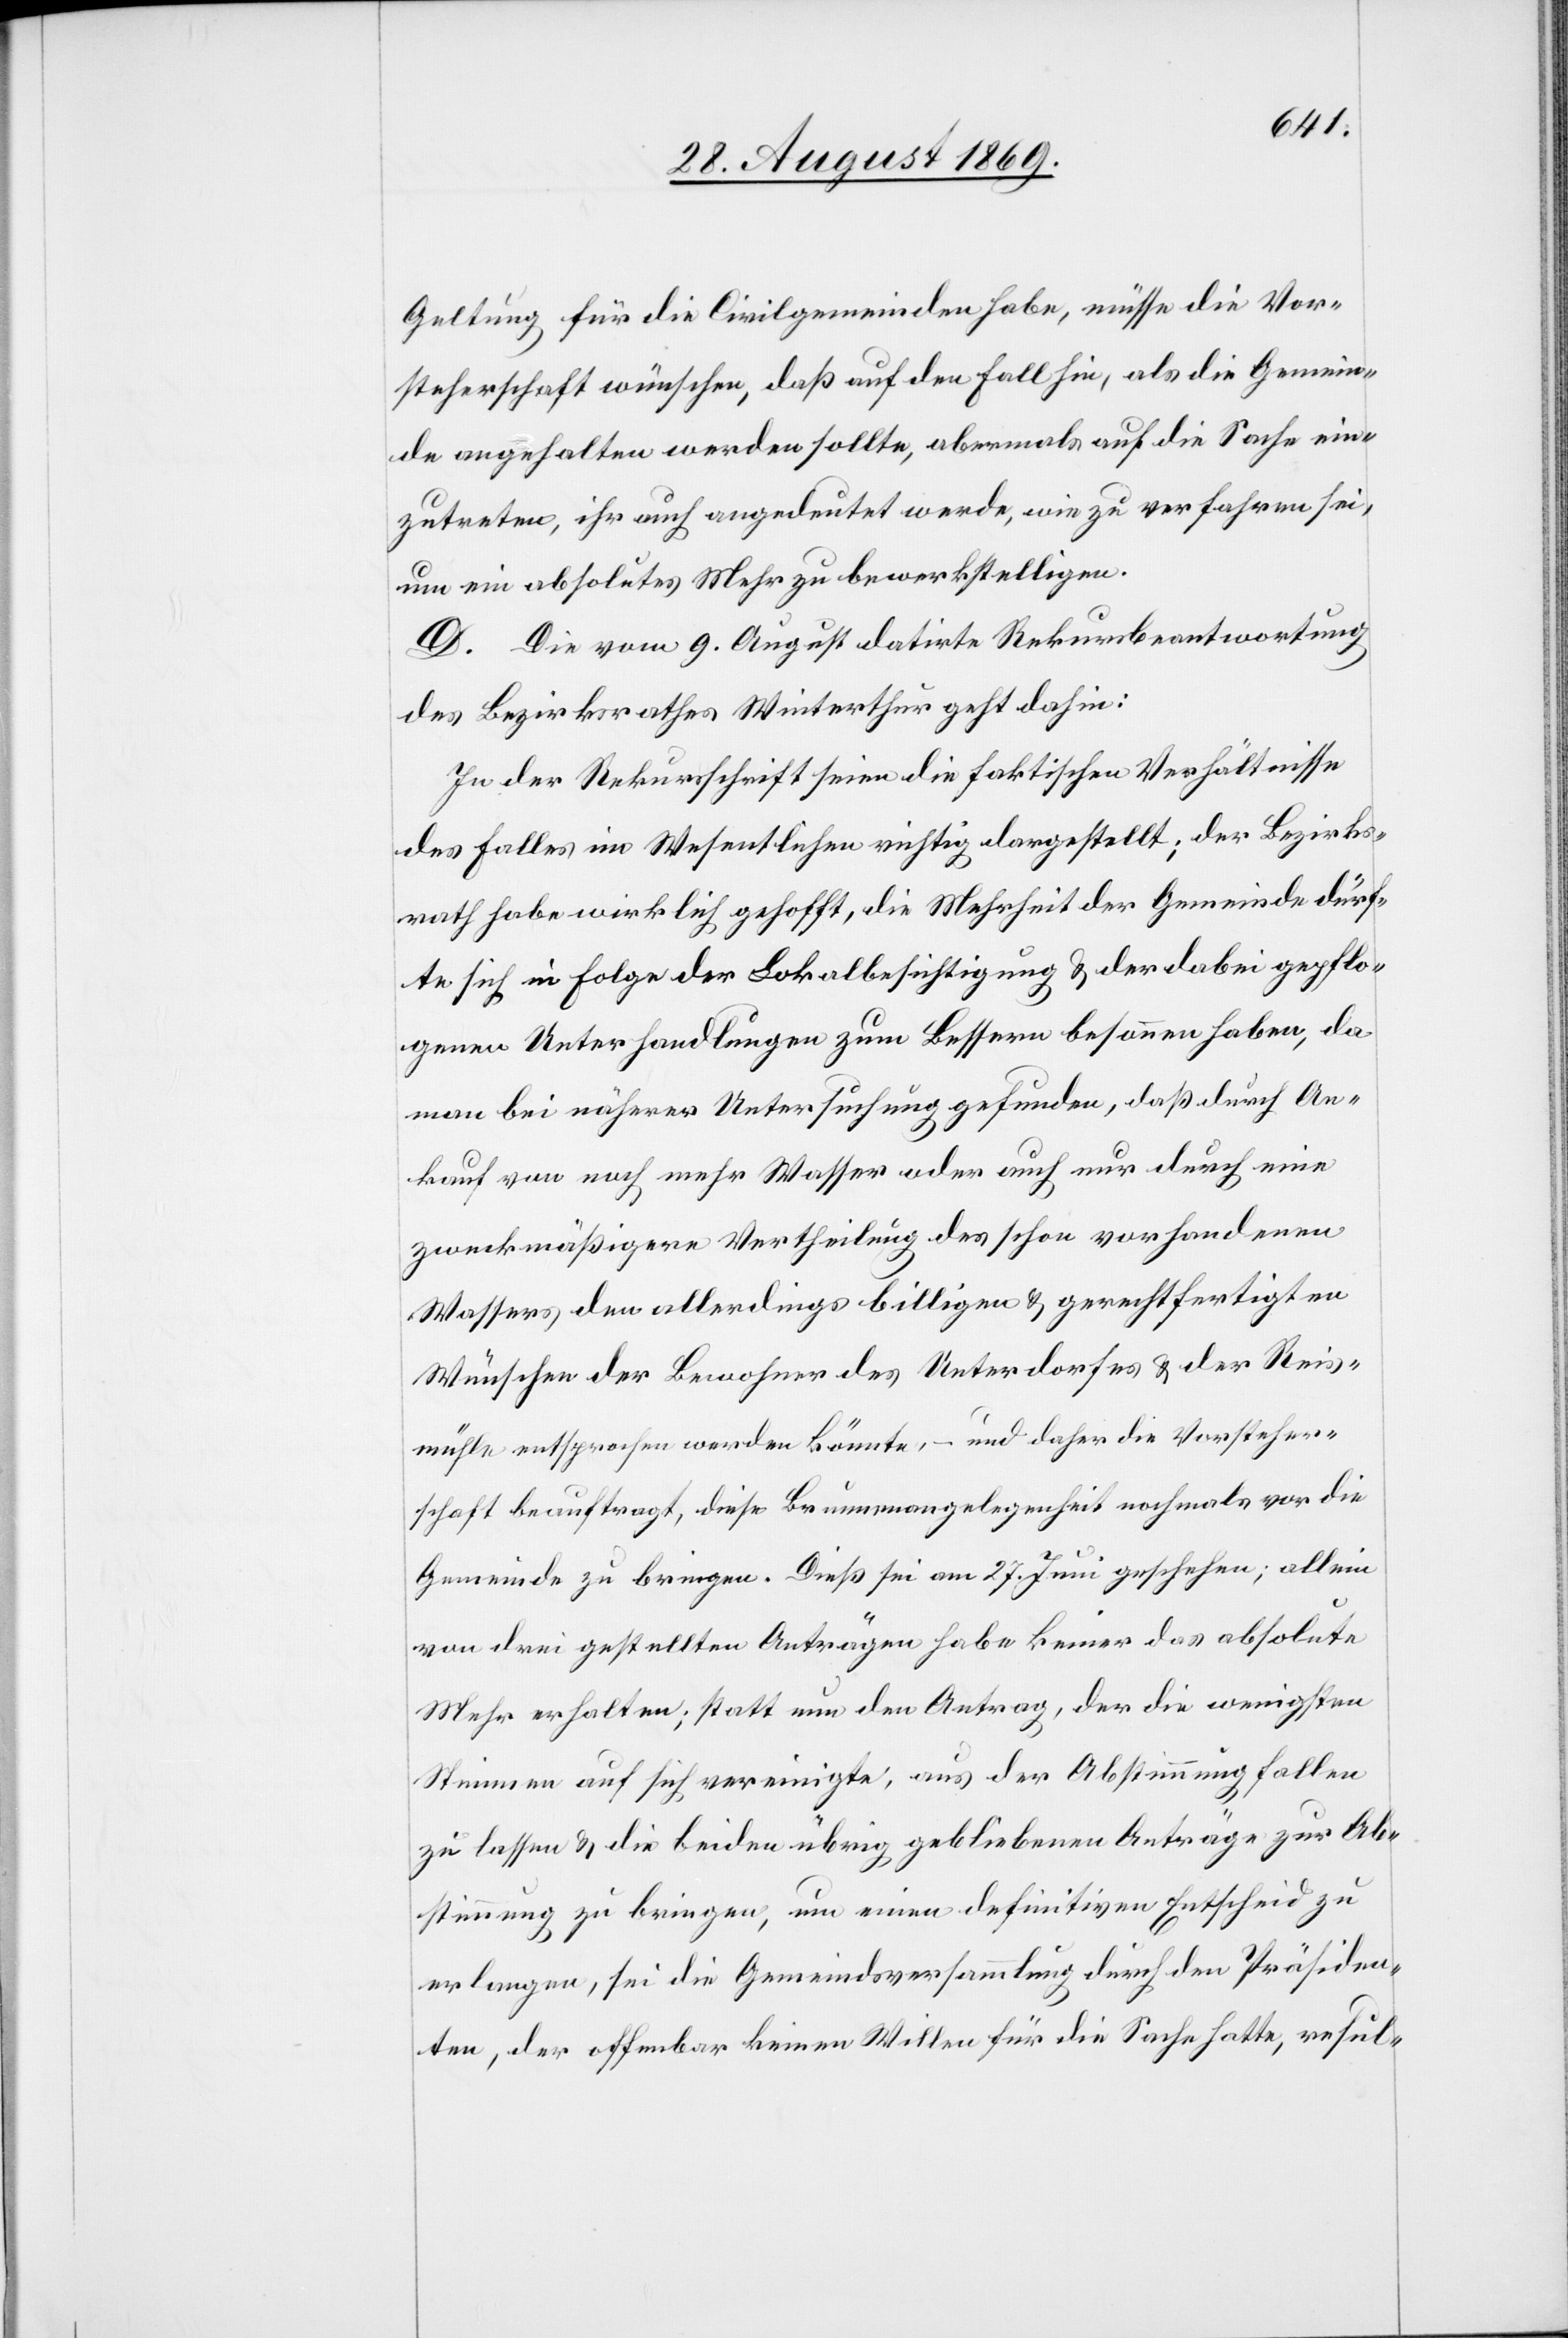
Geltung für die Civilgemeinde habe, müsse die Vor¬
steherschaft wünschen, daß auf den Fall hin, als die Gemein¬
de angehalten werden sollte, abermals auf die Sache ein¬
zutreten, ihr auch angedeutet werde, wie zu verfahren sei,
um ein absolutes Mehr zu bewerkstelligen.
D. Die vom 9. August datirte Rekursbeantwortung
des Bezirksrathes Winterthur geht dahin:
In der Rekursschrift seien die faktischen Verhältnisse
des Falles im Wesentlichen richtig dargestellt; der Bezirks¬
rath habe wirklich gehofft, die Mehrheit der Gemeinde dürf¬
te sich in Folge der Lokalbesichtigung & der dabei gepflo¬
genen Unterhandlungen zum Bessern besonnen haben, da
man bei näherer Untersuchung gefunden, daß durch An¬
kauf von noch mehr Wasser oder auch nur durch eine
zweckmäßigere Vertheilung des schon vorhandenen
Wassers den allerdings billigen & gerechtfertigten
Wünschen der Bewohner des Unterdorfes & der Reis¬
mühle entsprochen werden könnte, – und daher die Vorsteher¬
schaft beauftragt, diese Brunnenangelegenheit nochmals vor die
Gemeinde zu bringen. Dieß sei am 27. Juni geschehen; allein
von drei gestellten Anträgen habe keiner das absolute
Mehr erhalten; statt nun den Antrag, der die wenigsten
Stimmen auf sich vereinigte, aus der Abstimmung fallen
zu lassen & die beiden übrig gebliebenen Anträge zur Ab¬
stimmung zu bringen, um einen definitiven Entscheid zu
erlangen, sei die Gemeindsversammlung durch den Präsiden¬
ten, der offenbar keinen Willen für die Sache hatte, resul-